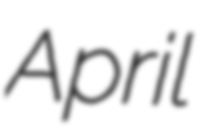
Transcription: April